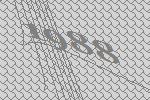
1988